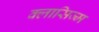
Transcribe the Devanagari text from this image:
क्लासिज्म